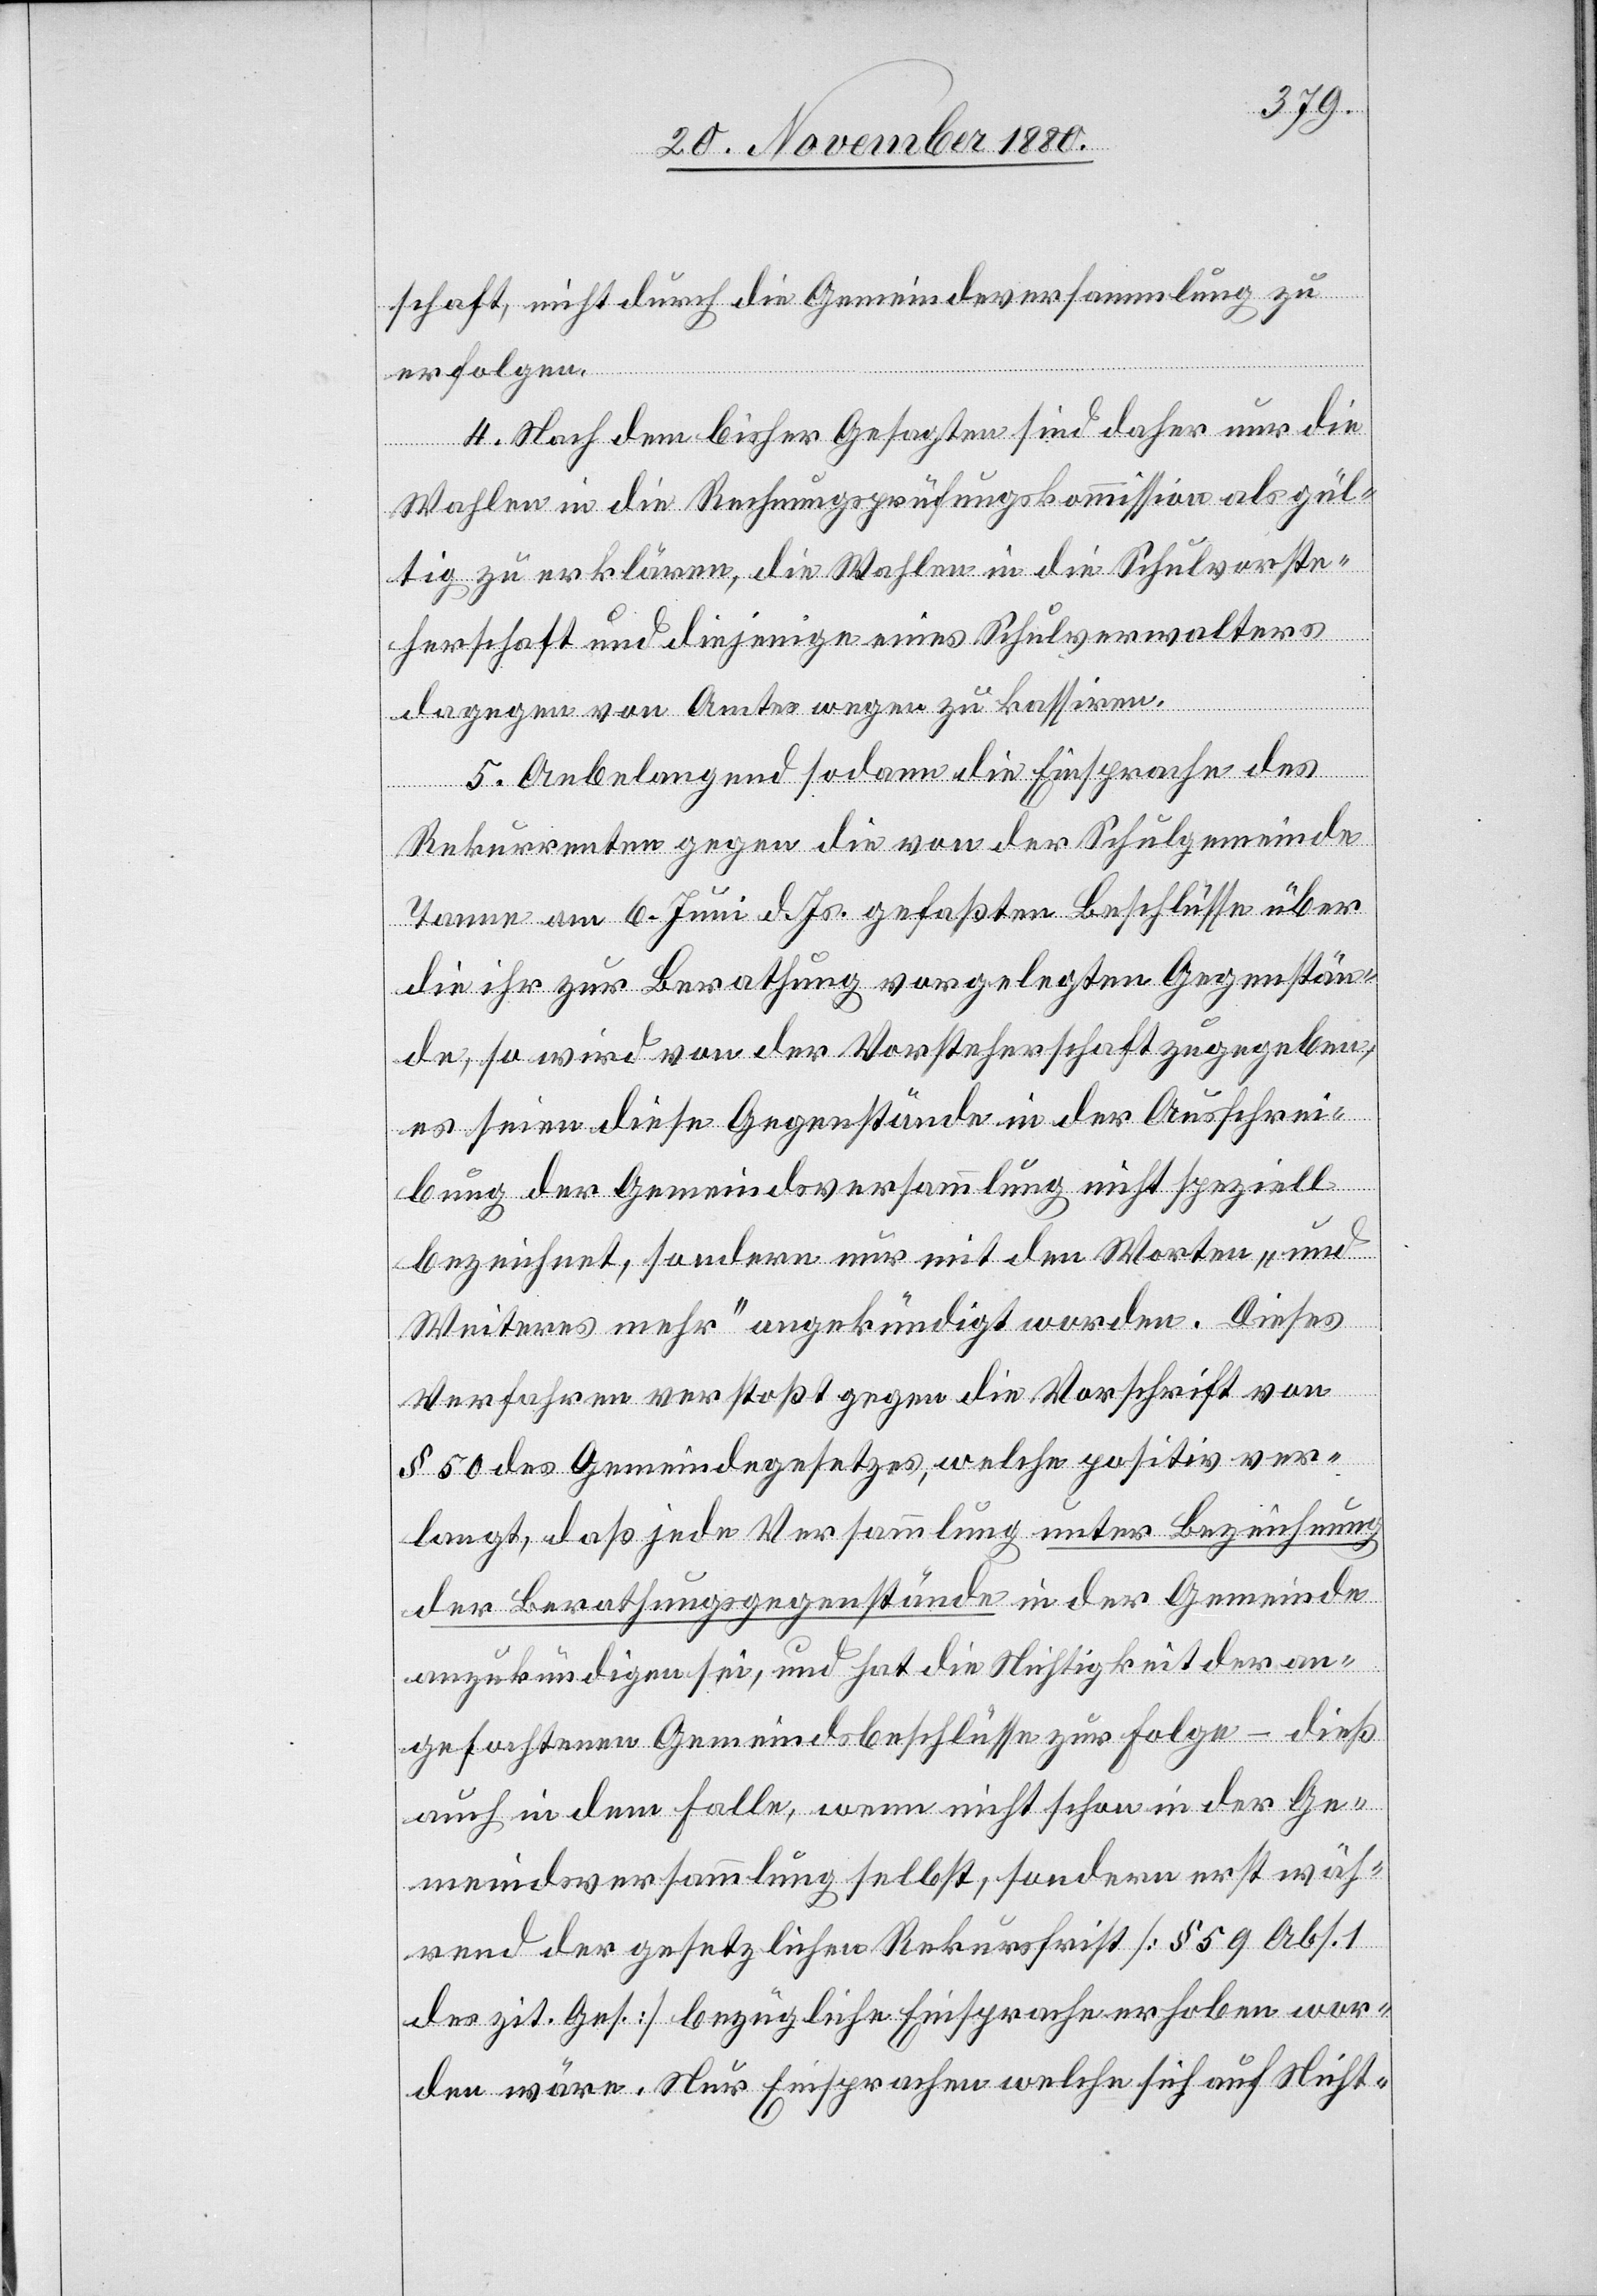
schaft nicht durch die Gemeindeversammlung zu
erfolgen.
4. Nach dem bisher Gesagten sind daher nur die
Wahlen in die Rechnungsprüfungskommission als gül¬
tig zu erklären, die Wahlen in die Schulvorste¬
herschaft und diejenige eines Schulverwalters
dagegen von Amtes wegen zu kassiren.
5. Anbelangend sodann die Einsprache des
Rekurrenten gegen die von der Schulgemeinde
Tanne am 6. Juni d. Js. gefaßten Beschlüsse über
die ihr zur Berathung vorgelegten Gegenstän¬
de, so wird von der Vorsteherschaft zugegeben,
es seien diese Gegenstände in der Ausschrei¬
bung der Gemeindsversammlung nicht speziell
bezeichnet, sondern nur mit den Worten „und
Weiteres mehr“ angekündigt worden. Dieses
Verfahren verstoßt gegen die Vorschrift von
§ 50 des Gemeindegesetzes, welche positiv ver¬
langt, daß jede Versammlung unter Bezeichnung
der Berathungsgegenstände in der Gemeinde
anzukündigen sei, und hat die Nichtigkeit der an¬
gefochtenen Gemeindebeschlüsse zur Folge – dieß
auch in dem Falle, wenn nicht schon in der Ge¬
meindsversammlung selbst, sondern erst wäh¬
rend der gesetzlichen Rekursfrist [§ 59 Abs. 1
des zit. Ges.] bezügliche Einsprache erhoben wor¬
den wäre. Nur Einsprachen welche sich auf Nicht-